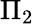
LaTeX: \Pi_{2}